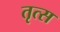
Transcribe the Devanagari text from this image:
तृत्स